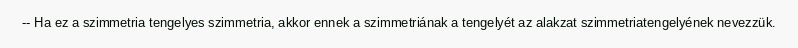
-- Ha ez a szimmetria tengelyes szimmetria, akkor ennek a szimmetriának a tengelyét az alakzat szimmetriatengelyének nevezzük.